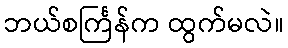
ဘယ်စင်္ကြန်က ထွက်မလဲ။